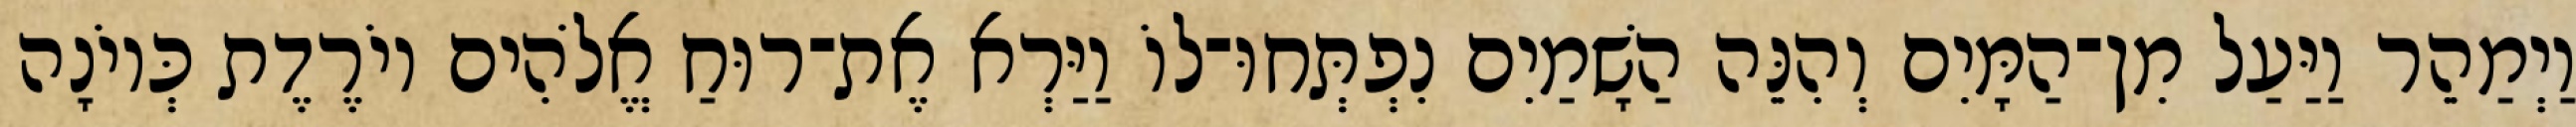
וַיְמַהֵר וַיַּעַל מִן־הַמָּיִם וְהִנֵּה הַשָׁמַיִם נִפְתְּחוּ־לוֹ וַיַּרְא אֶת־רוּחַ אֱלֹהִים יוֹרֶדֶת כְּיוֹנָה